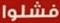
فشلوا